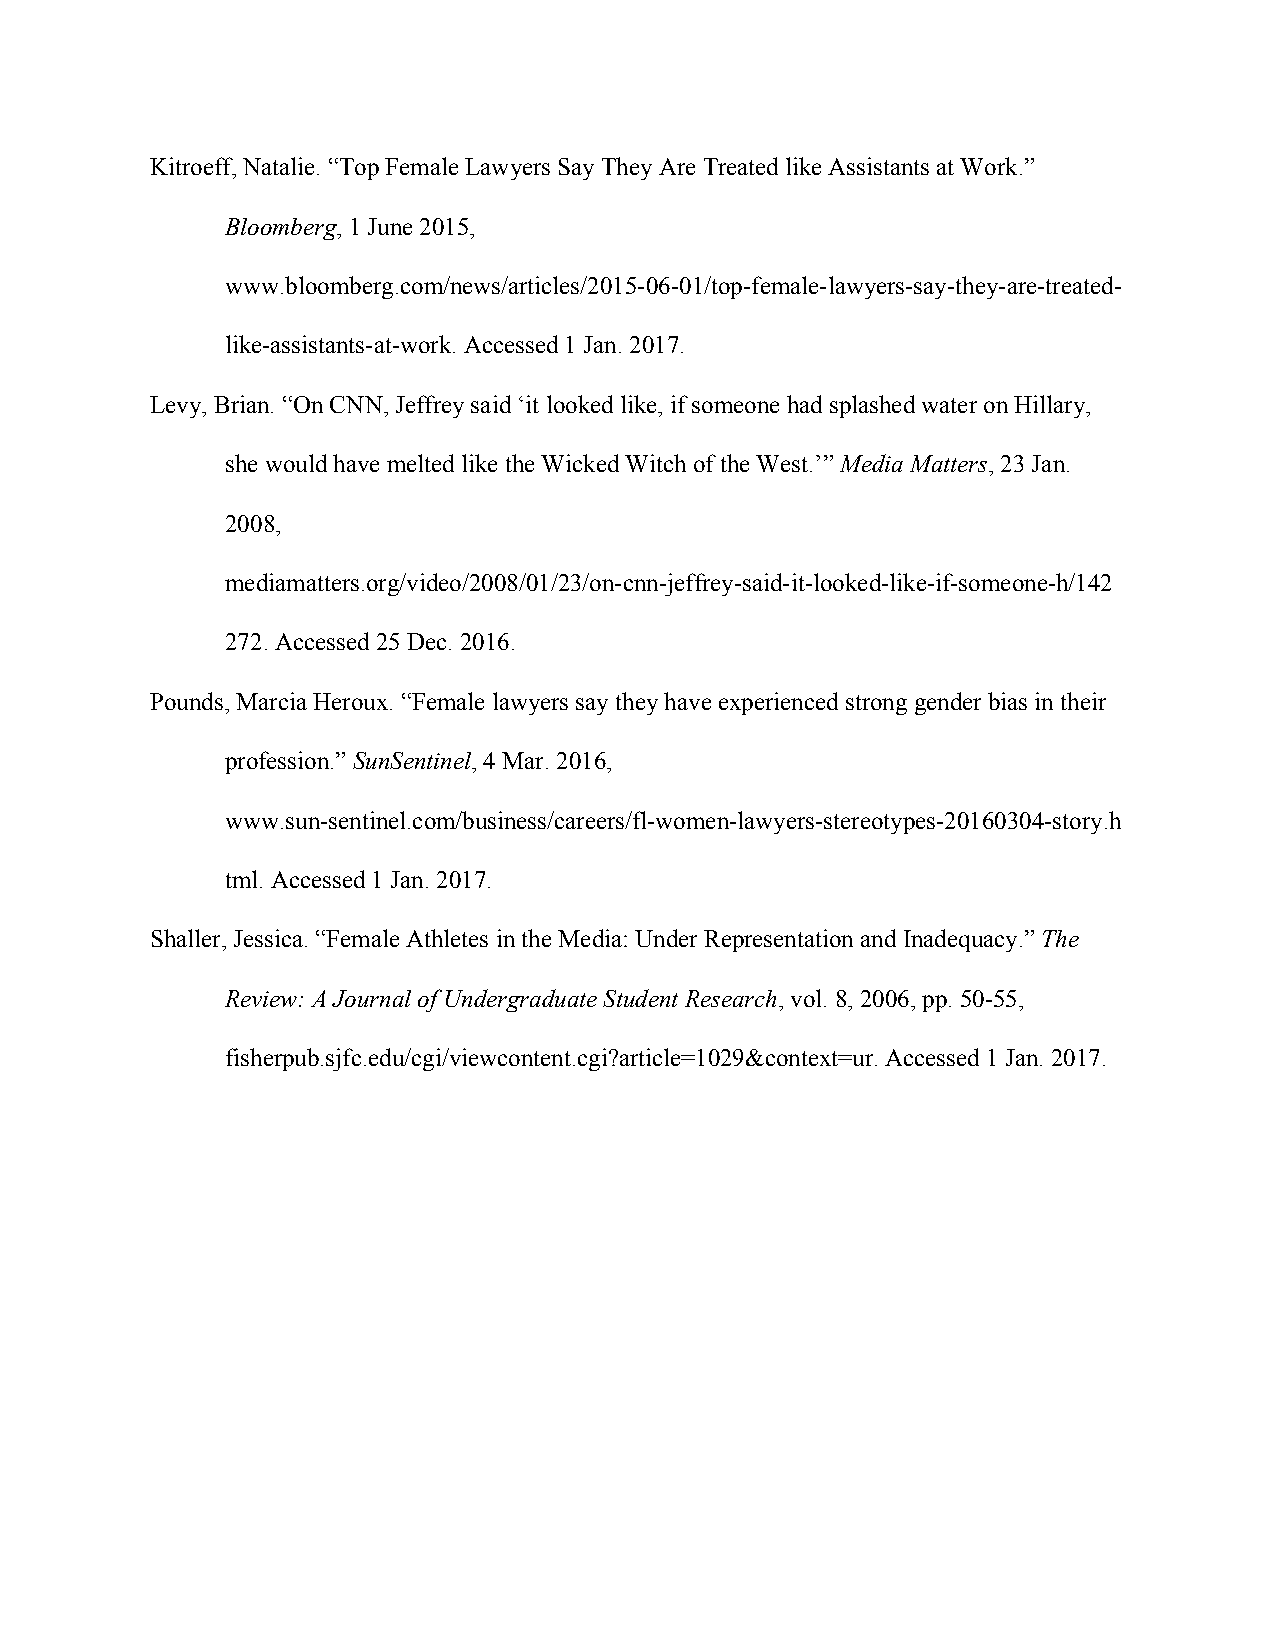
Kitroeff, Natalie. “Top Female Lawyers Say They Are Treated like Assistants at Work.”
 Bloomberg, 1 June 2015,
 ​
 www.bloomberg.com/news/articles/2015-06-01/top-female-lawyers-say-they-are-treated-
 like-assistants-at-work. Accessed 1 Jan. 2017.
 Levy, Brian. “On CNN, Jeffrey said ‘it looked like, if someone had splashed water on Hillary,
 she would have melted like the Wicked Witch of the West.’” Media Matters, 23 Jan.
 ​                                                       ​
 2008,
 mediamatters.org/video/2008/01/23/on-cnn-jeffrey-said-it-looked-like-if-someone-h/142
 272. Accessed 25 Dec. 2016.
 Pounds, Marcia Heroux. “Female lawyers say they have experienced strong gender bias in their
 profession.” SunSentinel, 4 Mar. 2016,
 ​                      ​
 www.sun-sentinel.com/business/careers/fl-women-lawyers-stereotypes-20160304-story.h
 tml. Accessed 1 Jan. 2017.
 Shaller, Jessica. “Female Athletes in the Media: Under Representation and Inadequacy.” The
 ​
 Review: A Journal of Undergraduate Student Research, vol. 8, 2006, pp. 50-55,
 ​
 fisherpub.sjfc.edu/cgi/viewcontent.cgi?article=1029&context=ur. Accessed 1 Jan. 2017.